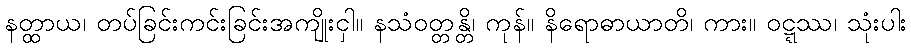
နတ္ထာယ၊ တပ်ခြင်းကင်းခြင်းအကျိုးငှါ။ နသံဝတ္တန္တိ၊ ကုန်။ နိရောဓာယာတိ၊ ကား။ ဝဋ္ဋဿ၊ သုံးပါး